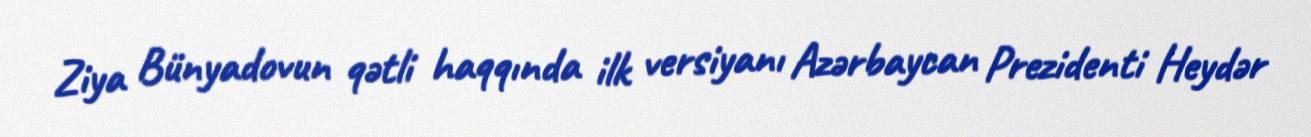
Ziya Bünyadovun qətli haqqında ilk versiyanı Azərbaycan Prezidenti Heydər